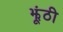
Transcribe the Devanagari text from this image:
झूंठी